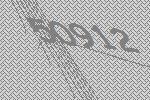
50912